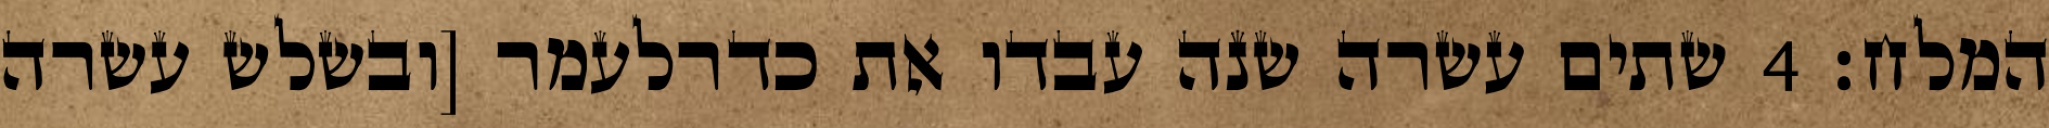
המלח׃ ‎4‏ שתים עשרה שנה עבדו את כדרלעמר [ובשלש עשרה